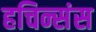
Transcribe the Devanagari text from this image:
हचिन्संस